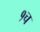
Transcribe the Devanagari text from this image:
१च